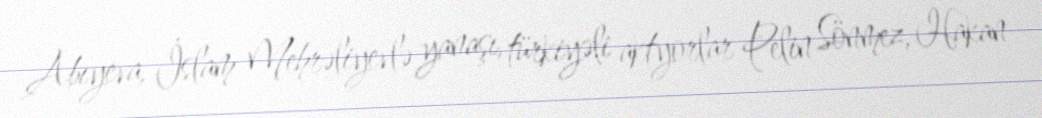
Abıyeva, İslam Mehrəliyevlə yanaşı, türkiyəli aktyorlar Pelin Sönmez, Hakan